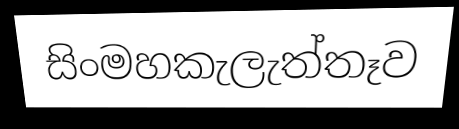
සිංමහකැලැත්තෑව